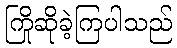
ကြိုဆိုခဲ့ကြပါသည်